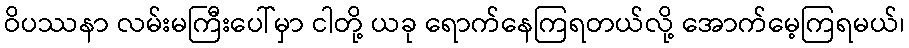
ဝိပဿနာ လမ်းမကြီးပေါ်မှာ ငါတို့ ယခု ရောက်နေကြရတယ်လို့ အောက်မေ့ကြရမယ်၊